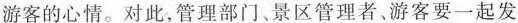
游客的心情。对此，管理部门、景区管理者、游客要一起发